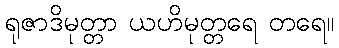
ရုဇာဒိမုတ္တာ ယဟိမုတ္တရေ တရေ။